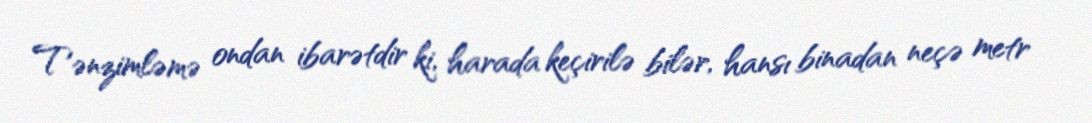
Tənzimləmə ondan ibarətdir ki, harada keçirilə bilər, hansı binadan neçə metr